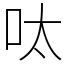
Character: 呔